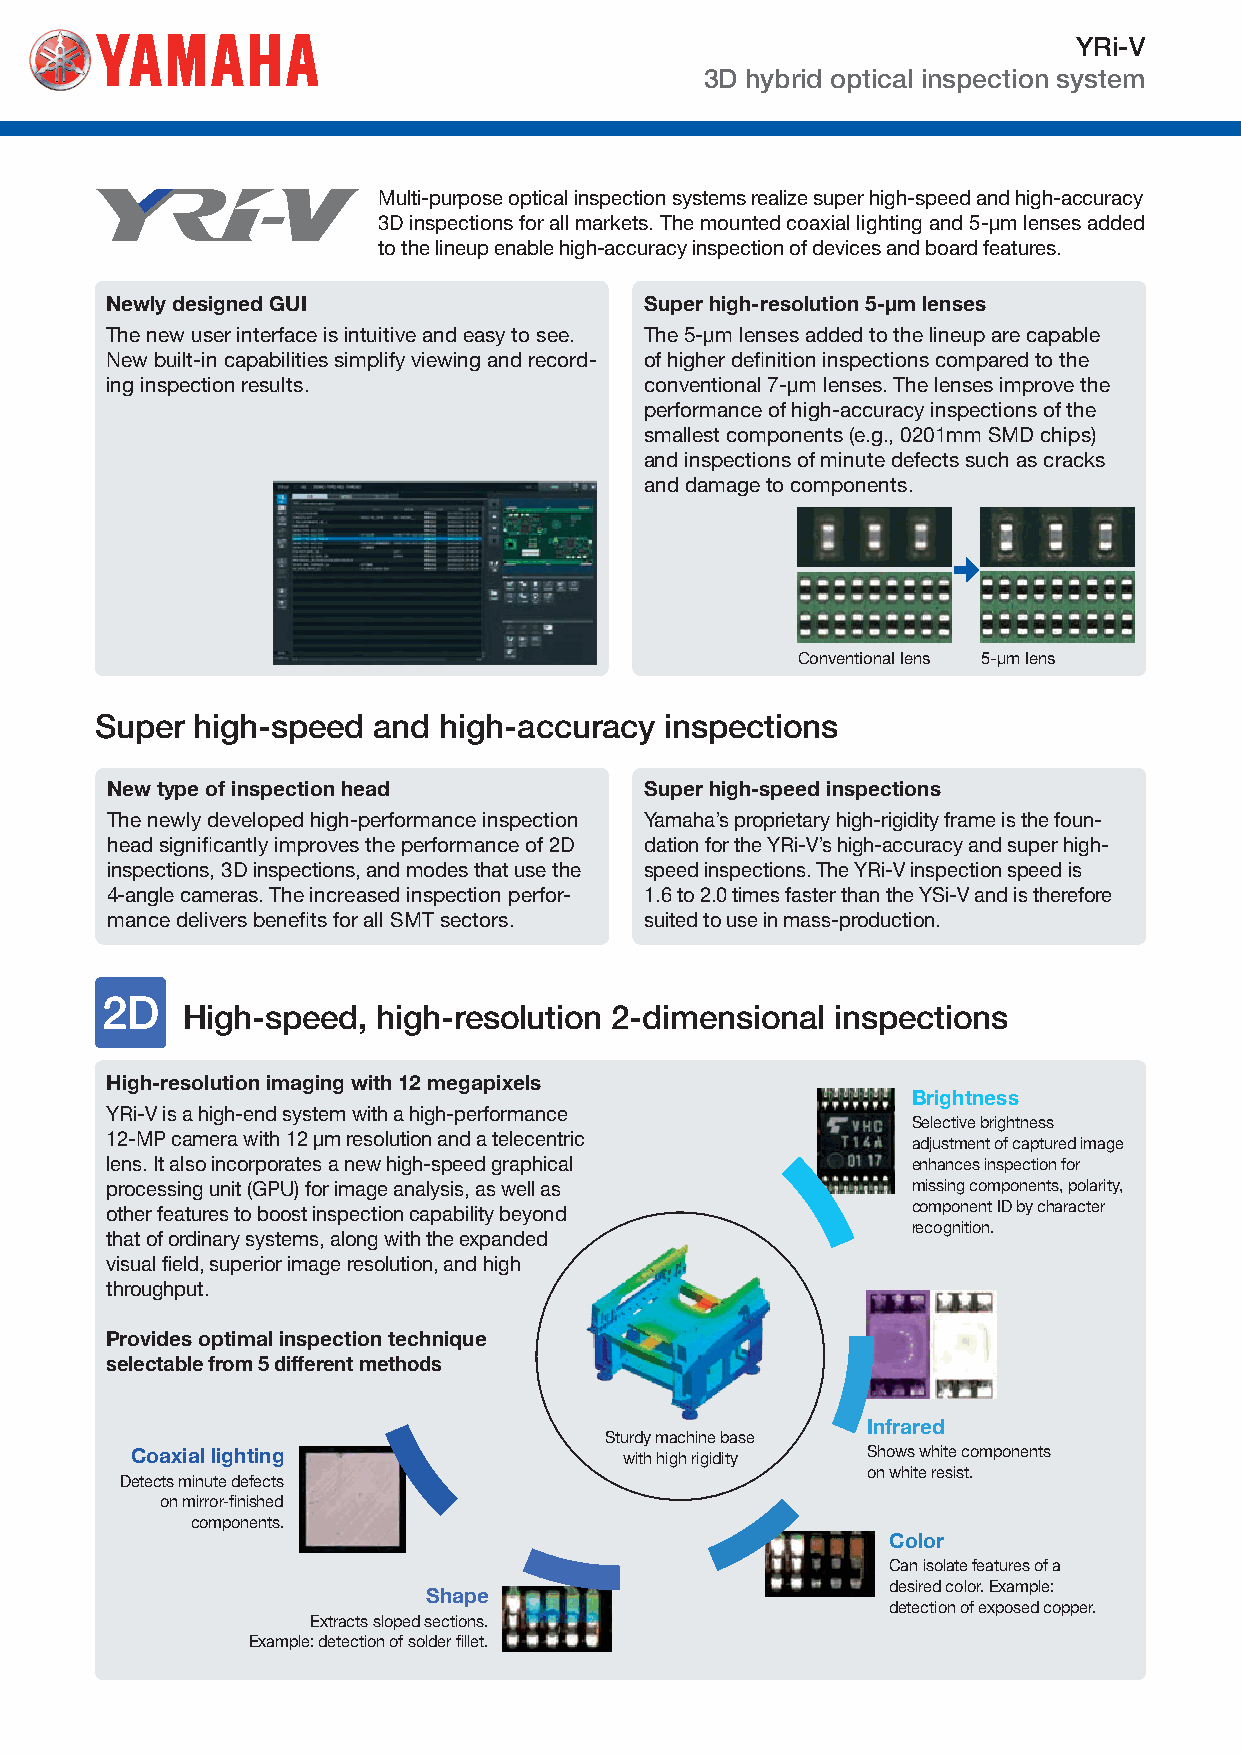
YRi-V
 3D hybrid optical inspection system
 Multi-purpose optical inspection systems realize super high-speed and high-accuracy
 3D inspections for all markets. The mounted coaxial lighting and 5-μm lenses added
 to the lineup enable high-accuracy inspection of devices and board features.
 Newly designed GUI                  Super high-resolution 5-μm lenses
 The new user interface is intuitive and easy to see. The 5-μm lenses added to the lineup are capable
 New built-in capabilities simplify viewing and record- of higher definition inspections compared to the
 ing inspection results.             conventional 7-μm lenses. The lenses improve the
 performance of high-accuracy inspections of the
 smallest components (e.g., 0201mm SMD chips)
 and inspections of minute defects such as cracks
 and damage to components.
 Conventional lens 5-μm lens
 Super  high-speed  and high-accuracy  inspections
 New type of inspection head         Super high-speed inspections
 The newly developed high-performance inspection Yamaha’s proprietary high-rigidity frame is the foun-
 head significantly improves the performance of 2D dation for the YRi-V’s high-accuracy and super high-
 inspections, 3D inspections, and modes that use the speed inspections. The YRi-V inspection speed is
 4-angle cameras. The increased inspection perfor- 1.6 to 2.0 times faster than the YSi-V and is therefore
 mance delivers benefits for all SMT sectors. suited to use in mass-production.
 High-speed,  high-resolution 2-dimensional inspections
 High-resolution imaging with 12 megapixels
 Brightness
 YRi-V is a high-end system with a high-performance
 Selective brightness
 12-MP camera with 12 μm resolution and a telecentric
 adjustment of captured image
 lens. It also incorporates a new high-speed graphical enhances inspection for
 processing unit (GPU) for image analysis, as well as missing components, polarity,
 other features to boost inspection capability beyond component ID by character
 recognition.
 that of ordinary systems, along with the expanded
 visual field, superior image resolution, and high
 throughput.
 Provides optimal inspection technique
 selectable from 5 different methods
 Infrared
 Sturdy machine base
 Coaxial lighting                with high rigidity Shows white components
 on white resist.
 Detects minute defects
 on mirror-finished
 components.
 Color
 Can isolate features of a
 desired color. E xample:
 Shape
 detection of exposed copper.
 Extracts sloped sections.
 Example: detection of solder fillet.